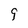
Character: 9